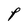
Character: P